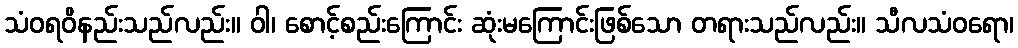
သံဝရဝိနည်းသည်လည်း။ ဝါ၊ စောင့်စည်းကြောင်း ဆုံးမကြောင်းဖြစ်သော တရားသည်လည်း။ သီလသံဝရော၊